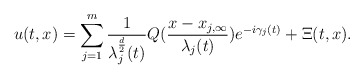
\begin{align*}u(t,x)=\sum_{j=1}^{m}\frac{1}{\lambda_{j}^{\frac{d}{2}}(t)}Q(\frac{x-x_{j,\infty}}{\lambda_{j}(t)})e^{-i\gamma_{j}(t)}+\Xi(t,x).\end{align*}